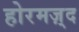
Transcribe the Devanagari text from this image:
होरमज़्द